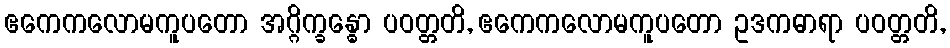
ဧကေကလောမကူပတော အဂ္ဂိက္ခန္ဓော ပဝတ္တတိ, ဧကေကလောမကူပတော ဥဒကဓာရာ ပဝတ္တတိ,